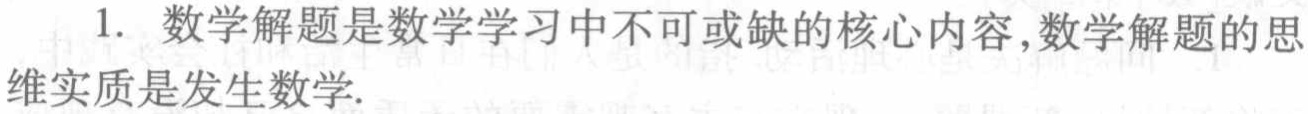
1. 数学解题是数学学习中不可或缺的核心内容,数学解题的思维实质是发生数学.